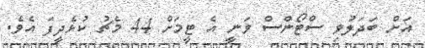
އަށް ބަދަލުވި ސްޓޯންސް ވަނީ އެ ޓީމަށް 44 މެޗު ކުޅެދީފަ އެވެ.